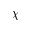
\chi